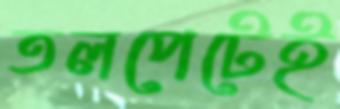
তলপেটেই